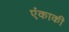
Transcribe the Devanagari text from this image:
एंकाकी